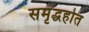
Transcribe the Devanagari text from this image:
समृद्धहोत